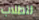
للطلاب